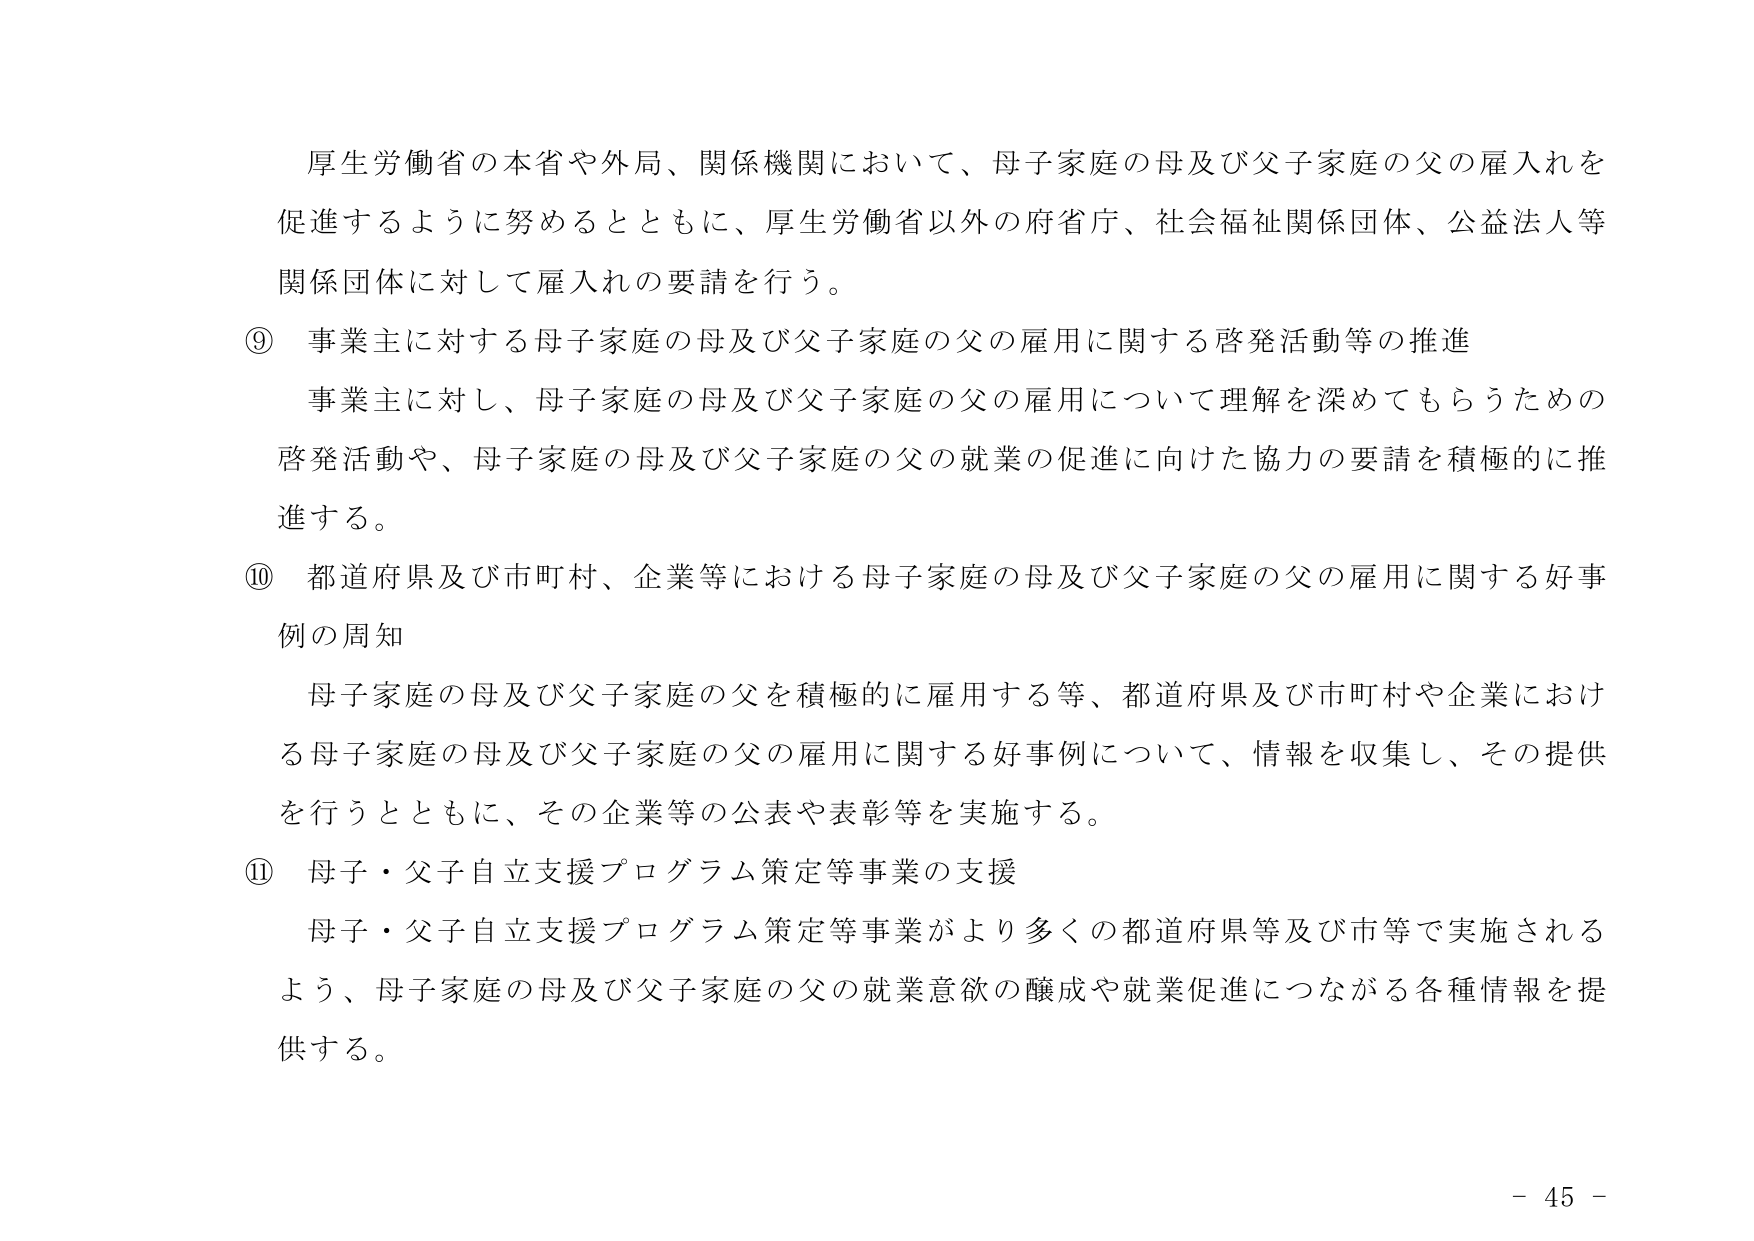
厚生労働省の本省や外局、関係機関において、母子家庭の母及び父子家庭の父の雇入れを促進するように努めるとともに、厚生労働省以外の府省庁、社会福祉関係団体、公益法人等関係団体に対して雇入れの要請を行う。

⑨ 事業主に対する母子家庭の母及び父子家庭の父の雇用に関する啓発活動等の推進
事業主に対し、母子家庭の母及び父子家庭の父の雇用について理解を深めてもらうための啓発活動や、母子家庭の母及び父子家庭の父の就業の促進に向けた協力の要請を積極的に推進する。

⑩ 都道府県及び市町村、企業等における母子家庭の母及び父子家庭の父の雇用に関する好事例の周知
母子家庭の母及び父子家庭の父を積極的に雇用する等、都道府県及び市町村や企業における母子家庭の母及び父子家庭の父の雇用に関する好事例について、情報を収集し、その提供を行うとともに、その企業等の公表や表彰等を実施する。

⑪ 母子・父子自立支援プログラム策定等事業の支援
母子・父子自立支援プログラム策定等事業がより多くの都道府県等及び市等で実施されるよう、母子家庭の母及び父子家庭の父の就業意欲の醸成や就業促進につながる各種情報を提供する。

- 45 -